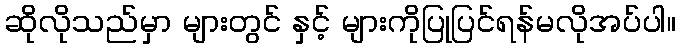
ဆိုလိုသည်မှာ များတွင် နှင့် များကိုပြုပြင်ရန်မလိုအပ်ပါ။